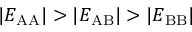
\lvert E _ { \mathrm { A A } } \rvert > \lvert E _ { \mathrm { A B } } \rvert > \lvert E _ { \mathrm { B B } } \rvert